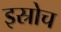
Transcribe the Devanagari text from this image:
इस्रोच